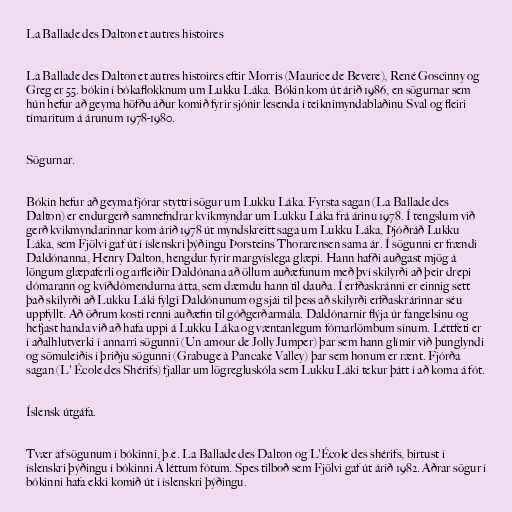
La Ballade des Dalton et autres histoires

La Ballade des Dalton et autres histoires eftir Morris (Maurice de Bevere), René Goscinny og
Greg er 55. bókin í bókaflokknum um Lukku Láka. Bókin kom út árið 1986, en sögurnar sem
hún hefur að geyma höfðu áður komið fyrir sjónir lesenda í teiknimyndablaðinu Sval og fleiri
tímaritum á árunum 1978-1980.

Sögurnar.

Bókin hefur að geyma fjórar styttri sögur um Lukku Láka. Fyrsta sagan (La Ballade des
Dalton) er endurgerð samnefndrar kvikmyndar um Lukku Láka frá árinu 1978. Í tengslum við
gerð kvikmyndarinnar kom árið 1978 út myndskreitt saga um Lukku Láka, Þjóðráð Lukku
Láka, sem Fjölvi gaf út í íslenskri þýðingu Þorsteins Thorarensen sama ár. Í sögunni er frændi
Daldónanna, Henry Dalton, hengdur fyrir margvíslega glæpi. Hann hafði auðgast mjög á
löngum glæpaferli og arfleiðir Daldónana að öllum auðæfunum með því skilyrði að þeir drepi
dómarann og kviðdómendurna átta, sem dæmdu hann til dauða. Í erfðaskránni er einnig sett
það skilyrði að Lukku Láki fylgi Daldónunum og sjái til þess að skilyrði erfðaskrárinnar séu
uppfyllt. Að öðrum kosti renni auðæfin til góðgerðarmála. Daldónarnir flýja úr fangelsinu og
hefjast handa við að hafa uppi á Lukku Láka og væntanlegum fórnarlömbum sínum. Léttfeti er
í aðalhlutverki í annarri sögunni (Un amour de Jolly Jumper) þar sem hann glímir við þunglyndi
og sömuleiðis í þriðju sögunni (Grabuge à Pancake Valley) þar sem honum er rænt. Fjórða
sagan (L' École des Shérifs) fjallar um lögregluskóla sem Lukku Láki tekur þátt í að koma á fót.

Íslensk útgáfa.

Tvær af sögunum í bókinni, þ.e. La Ballade des Dalton og L'École des shérifs, birtust í
íslenskri þýðingu í bókinni Á léttum fótum. Spes tilboð sem Fjölvi gaf út árið 1982. Aðrar sögur í
bókinni hafa ekki komið út í íslenskri þýðingu.